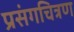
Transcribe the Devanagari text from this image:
प्रसंगचित्रण